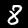
Digit: 8